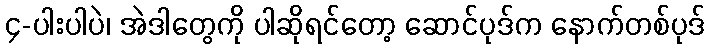
၄-ပါးပါပဲ၊ အဲဒါတွေကို ပါဆိုရင်တော့ ဆောင်ပုဒ်က နောက်တစ်ပုဒ်